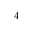
4